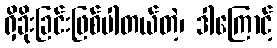
ရှိခိုးခြင်းဖြစ်ပါတယ်တဲ့၊ ဒါကြောင့်